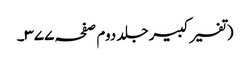
(تفسیر کبیر جلد دوم صفحہ ۳۷۷۔